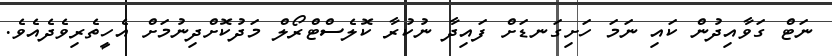
ނަޓް ގަވާއިދުން ކައި ނަމަ ހަށިގަނޑަށް ފައިދާ ނުކުރާ ކޮލެސްޓްރޯލް މަދުކޮށްދިނުމަށް އެހީތެރިވެދެއެވެ.